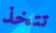
تتخذ